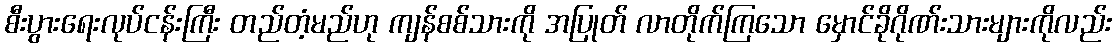
စီးပွားရေးလုပ်ငန်းကြီး တည်တံ့မည်ဟု ကျန်စစ်သားကို အပြုတ် လာတိုက်ကြသော မှောင်ခိုဂိုဏ်းသားများကိုလည်း